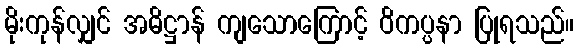
မိုးကုန်လျှင် အဓိဋ္ဌာန် ကျသောကြောင့် ဝိကပ္ပနာ ပြုရသည်။